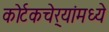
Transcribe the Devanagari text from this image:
कोर्टकचेर्‍यांमध्ये